Report on vaccination proceedings throughout the Government of Bengal -
Year: 1868
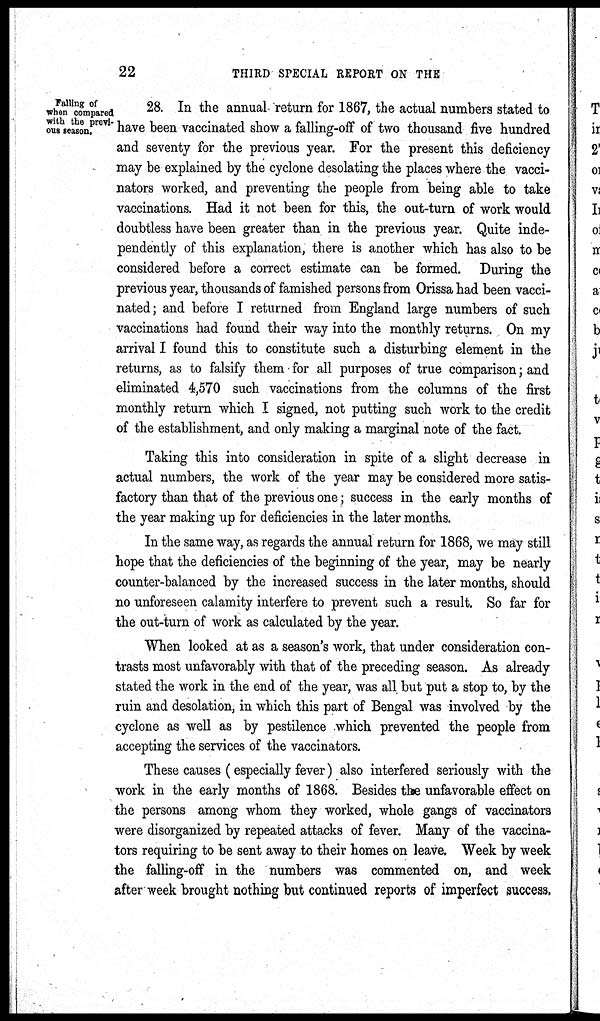
22
THIRD SPECIAL REPORT ON THE
Falling of
when compared
with the previ-
ous season.
28. In the annual return for 1867, the actual numbers stated to
have been vaccinated show a falling-off of two thousand five hundred
and seventy for the previous year. For the present this deficiency
may be explained by the cyclone desolating the places where the vacci-
nators worked, and preventing the people from being able to take
vaccinations. Had it not been for this, the out-turn of work would
doubtless have been greater than in the previous year. Quite inde-
pendently of this explanation, there is another which has also to be
considered before a correct estimate can be formed. During the
previous year, thousands of famished persons from Orissa had been vacci-
nated; and before I returned from England large numbers of such
vaccinations had found their way into the monthly returns. On my
arrival I found this to constitute such a disturbing element in the
returns, as to falsify them for all purposes of true comparison; and
eliminated 4,570 such vaccinations from the columns of the first
monthly return which I signed, not putting such work to the credit
of the establishment, and only making a marginal note of the fact.
Taking this into consideration in spite of a slight decrease in
actual numbers, the work of the year may be considered more satis-
factory than that of the previous one; success in the early months of
the year making up for deficiencies in the later months.
In the same way, as regards the annual return for 1868, we may still
hope that the deficiencies of the beginning of the year, may be nearly
counter-balanced by the increased success in the later months, should
no unforeseen calamity interfere to prevent such a result. So far for
the out-turn of work as calculated by the year.
When looked at as a season's work, that under consideration con-
trasts most unfavorably with that of the preceding season. As already
stated the work in the end of the year, was all but put a stop to, by the
ruin and desolation, in which this part of Bengal was involved by the
cyclone as well as by pestilence which prevented the people from
accepting the services of the vaccinators.
These causes (especially fever) also interfered seriously with the
work in the early months of 1868. Besides the unfavorable effect on
the persons among whom they worked, whole gangs of vaccinators
were disorganized by repeated attacks of fever. Many of the vaccina-
tors requiring to be sent away to their homes on leave. Week by week
the falling-off in the numbers was commented on, and week
after week brought nothing but continued reports of imperfect success.